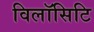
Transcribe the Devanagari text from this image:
विलॉसिटि